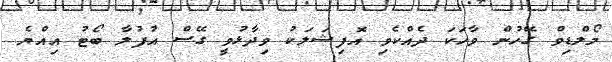
މޯލްޑިވް ގޭހުން ވާހަކަ ދެއްކެވި އޮފިޝަލަކު ވިދާޅުވީ ގޭސް އުފުލާ ބޯޓު އިއްޔެ